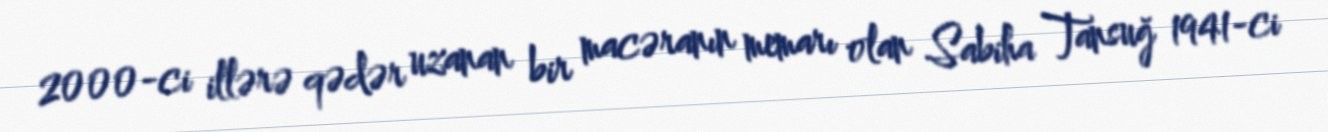
2000-ci illərə qədər uzanan bir macəranın memarı olan Sabiha Tansuğ 1941-ci